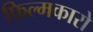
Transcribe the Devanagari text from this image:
फिल्मकारो